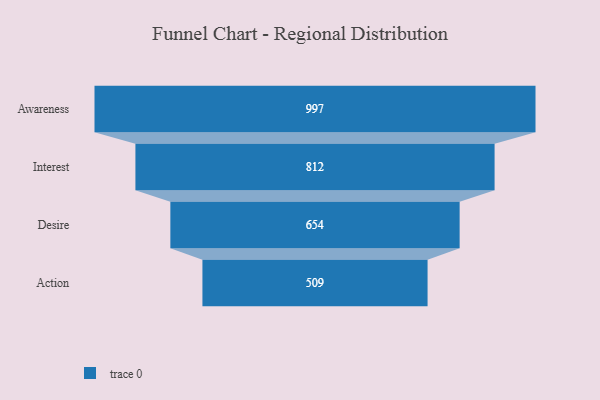
{"axis": {"x": "Stage", "y": "Value"}, "legend": [""], "data": [{"x": "Awareness", "y": 997.0, "type": ""}, {"x": "Interest", "y": 812.0, "type": ""}, {"x": "Desire", "y": 654.0, "type": ""}, {"x": "Action", "y": 509.0, "type": ""}]}